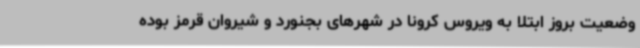
وضعیت بروز ابتلا به ویروس کرونا در شهرهای بجنورد و شیروان قرمز بوده